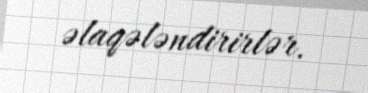
əlaqələndirirlər.